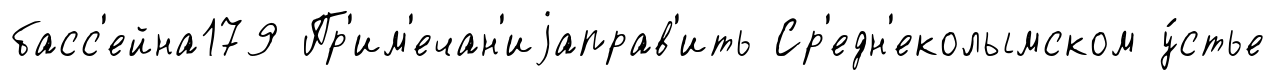
басс'ейна179 Пр'им'ечан'иjаправ'ить Ср'едн'еколымском у́стье